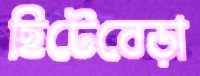
ছিটেবেড়া